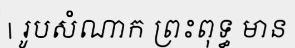
| រូបសំណាក ព្រះពុទ្ធ មាន